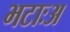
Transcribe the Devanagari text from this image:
भटाःअ